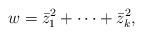
LaTeX: \begin{align*}w = \bar{z}_1^2 + \cdots + \bar{z}_k^2 ,\end{align*}